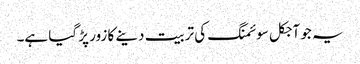
یہ جو آجکل سوئمنگ کی تربیت دینے کا زور پڑ گیا ہے۔